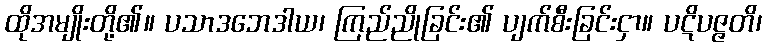
ထိုအမျိုးတို့၏။ ပသာဒဘေဒါယ၊ ကြည်ညိုခြင်း၏ ပျက်စီးခြင်းငှာ။ ပဋိပဇ္ဇတိ၊